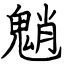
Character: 魈